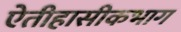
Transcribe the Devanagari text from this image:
ऐतीहासीकभाग